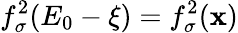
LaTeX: f_{\sigma}^{2}(E_{0}-\xi)=f_{\sigma}^{2}(\mathbf{x})